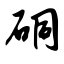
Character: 硐